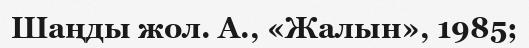
Шаңды жол. А., «Жалын», 1985;